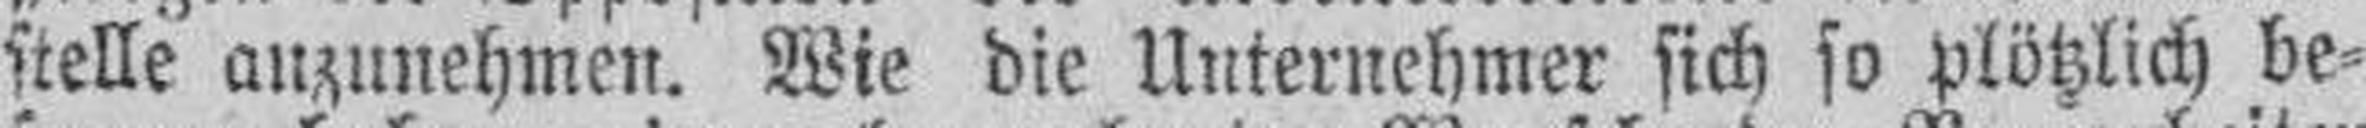
stelle anzunehmen. Wie die Unternehmer sich so plötzlich be¬